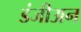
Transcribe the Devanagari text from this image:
डंजीअन